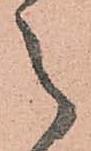
之